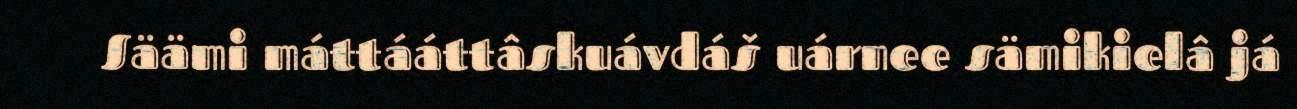
Säämi máttááttâskuávdáš uárnee sämikielâ já